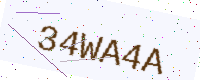
Text: 34WA4A